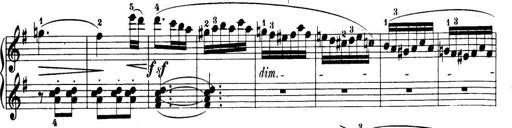
Title: 32 Sonatinas and Rondos for the Piano
Composer: Richard Kleinmichel